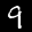
Label: 9